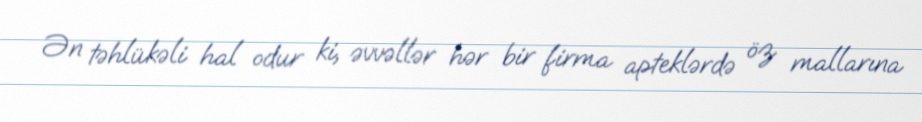
Ən təhlükəli hal odur ki, əvvəllər hər bir firma apteklərdə öz mallarına